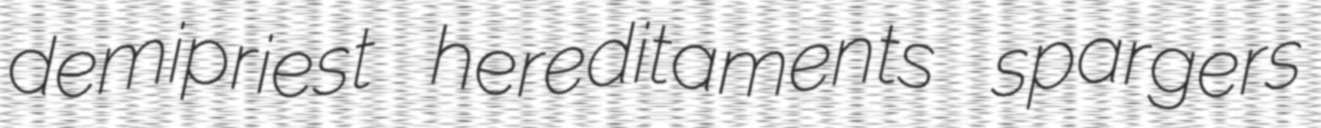
demipriest hereditaments spargers